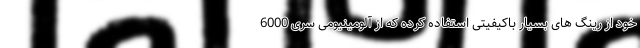
خود از رینگ های بسیار باکیفیتی استفاده کرده که از آلومینیومی سری 6000